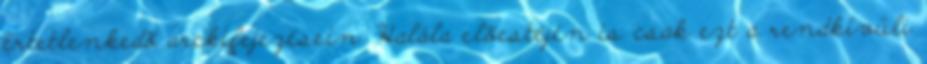
értetlenkedõ arckifejezésein. Halála elõestéjén is csak ezt a rendkívüli